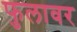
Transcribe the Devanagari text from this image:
फुलावर